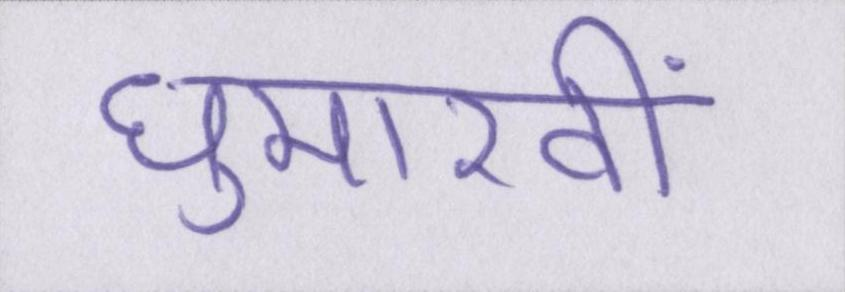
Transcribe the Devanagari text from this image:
घुमारवीं